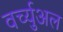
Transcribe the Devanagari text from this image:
वर्च्युअल